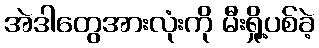
အဲဒါတွေအားလုံးကို မီးရှို့ပစ်ခဲ့